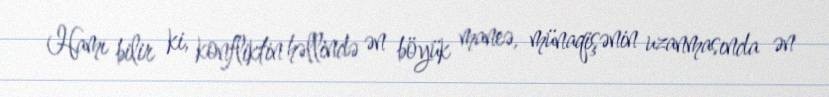
Hamı bilir ki, konfliktin həllində ən böyük maneə, münaqişənin uzanmasında ən